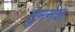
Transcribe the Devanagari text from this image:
सुमनेश